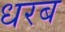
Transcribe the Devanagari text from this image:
धरब